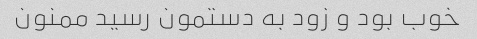
خوب بود و زود به دستمون رسید ممنون